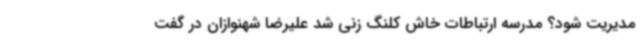
مدیریت شود؟ مدرسه ارتباطات خاش کلنگ زنی شد علیرضا شهنوازان در گفت